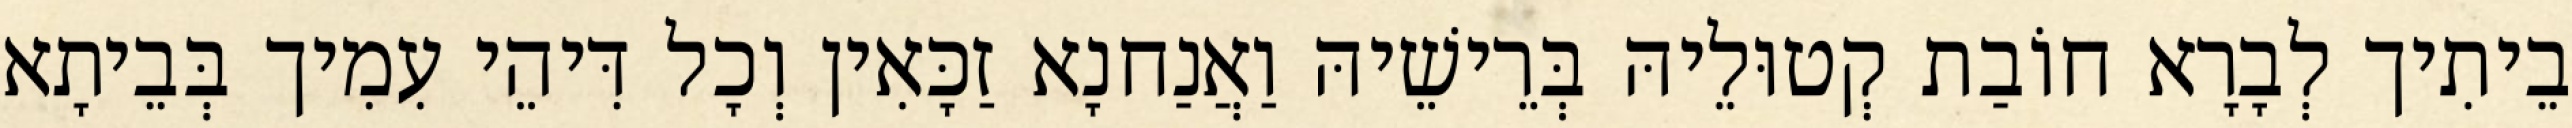
בֵיתִיך לְבָרָא חוֹבַת קְטוּלֵיהּ בְּרֵישֵׁיהּ וַאֲנַחנָא זַכָּאִין וְכָל דִּיהֵי עִמִיך בְּבֵיתָא